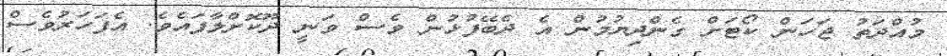
މުއްދަތު ޖަހަން ކޯޓަށް ގެންދިޔުމުން އެ ދެބޭފުޅުން ވެސް ވަނީ ދޫކޮށްލާފައެވެ. އެފަހަރުވެސް